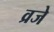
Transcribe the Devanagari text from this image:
व्रजे